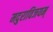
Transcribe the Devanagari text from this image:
मदुराविजयम्